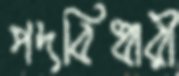
পদবিধারী